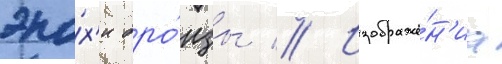
эпо́х'и бро́нзы // Изображе́н'иа